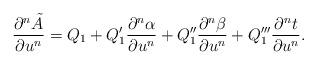
LaTeX: \begin{align*} \frac{\partial^n\tilde{A}}{\partial u^n}=Q_1+Q_1'\frac{\partial^n\alpha}{\partial u^n}+Q_1''\frac{\partial^n\beta}{\partial u^n}+Q_1'''\frac{\partial^nt}{\partial u^n}.\end{align*}